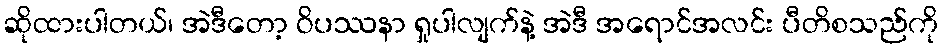
ဆိုထားပါတယ်၊ အဲဒီတော့ ဝိပဿနာ ရှုပါလျက်နဲ့ အဲဒီ အရောင်အလင်း ပီတိစသည်ကို